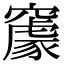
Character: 䆽